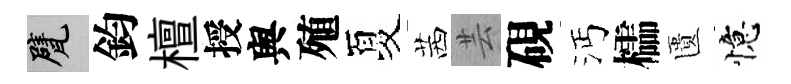
甓鈞檀授舆殖夏茜芸硯沔櫺匱憶